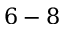
6 - 8